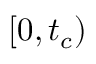
[ 0 , t _ { c } )